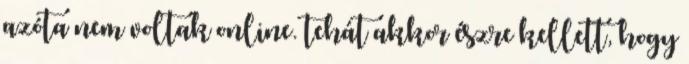
azóta nem voltak online. tehát akkor észre kellett, hogy